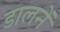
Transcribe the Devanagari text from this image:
डालनें